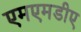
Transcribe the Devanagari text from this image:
एमएमडीए